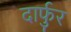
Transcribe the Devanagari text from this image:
दार्फुर